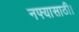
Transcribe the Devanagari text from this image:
नफ्यासाठी।